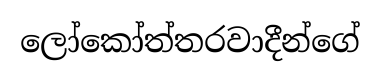
ලෝකෝත්තරවාදීන්ගේ